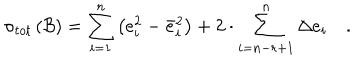
\sigma _ { t o t } \left( { \cal B } \right) = \sum _ { i = 1 } ^ { n } \left( e _ { i } ^ { 2 } - \bar { e } _ { i } ^ { 2 } \right) + 2 \cdot \sum _ { i = n - r + 1 } ^ { n } \Delta e _ { i } \quad .